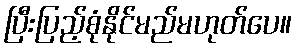
ပြီးပြည့်စုံနိုင်မည်မဟုတ်ပေ။